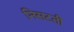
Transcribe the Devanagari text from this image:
निसटती